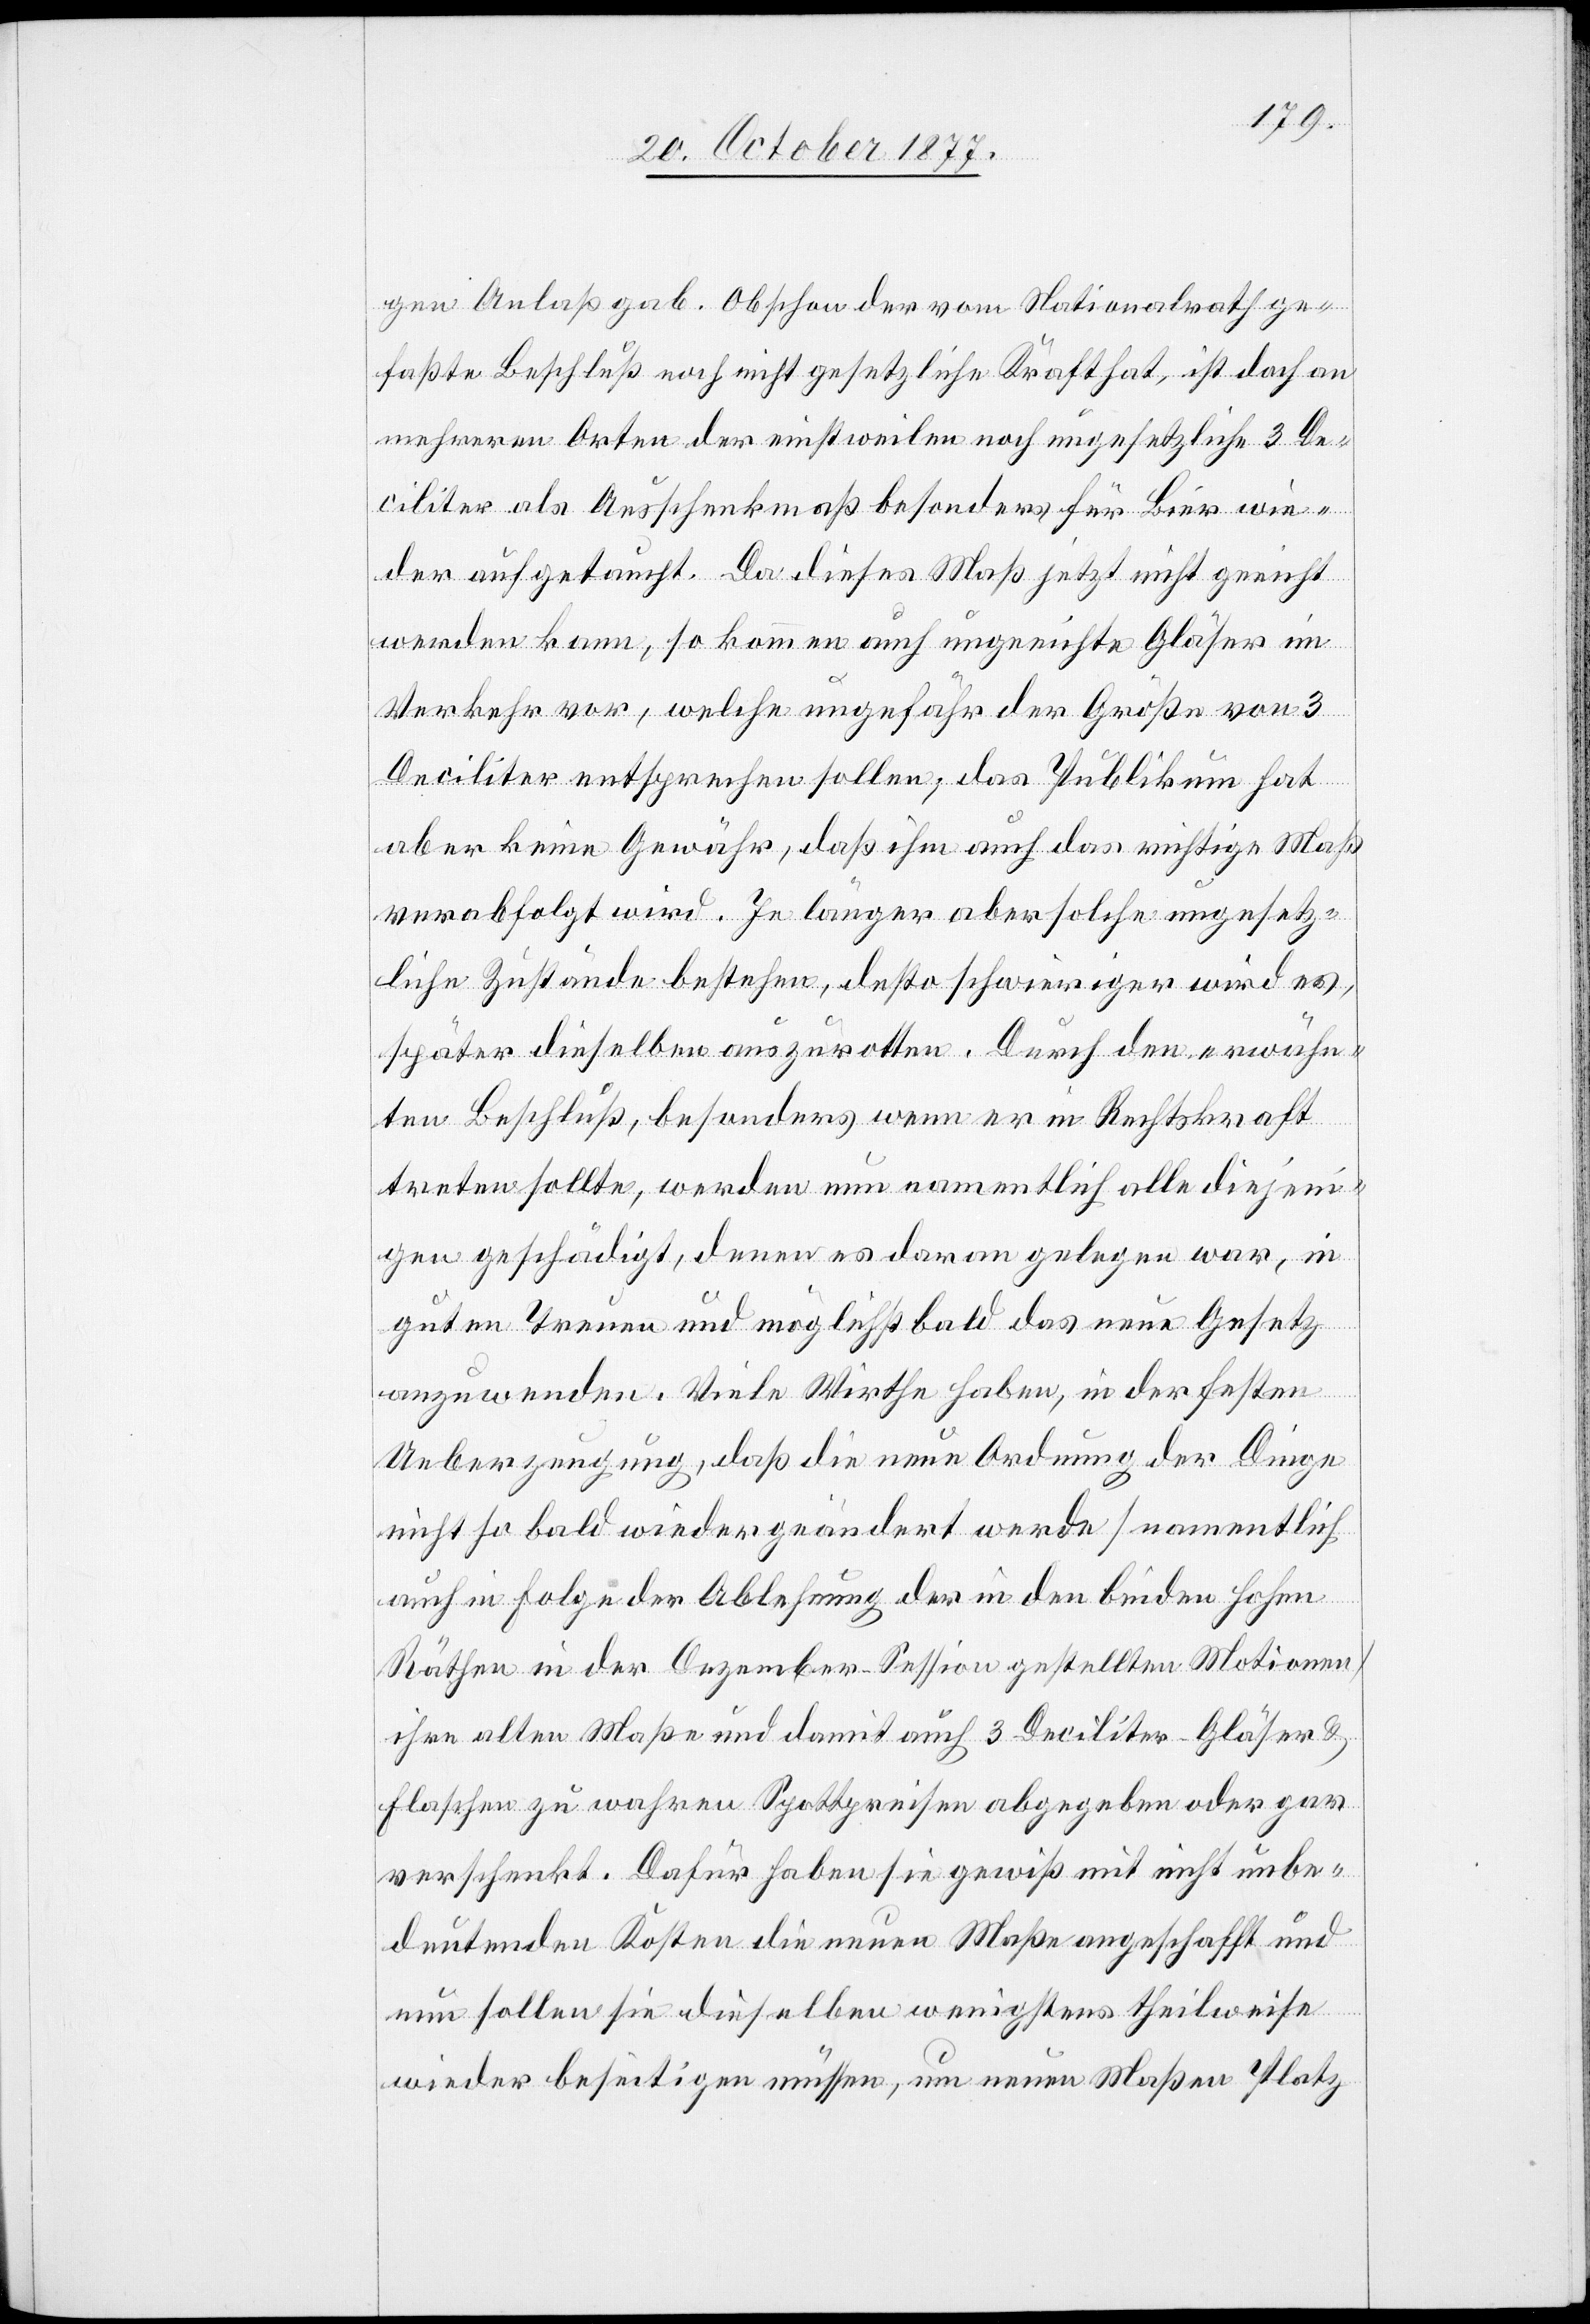
gen Anlaß gab. Obschon der vom Nationalrath ge¬
faßte Beschluß noch nicht gesetzliche Kraft hat, ist doch an
mehreren Orten der einstweilen noch ungesetzliche 3 De¬
ciliter als Ausschenkmaß besonders für Bier wie¬
der aufgetaucht. Da dieses Maß jetzt nicht geeicht
werden kann, so kommen auch ungeeichte Gläser im
Verkehr vor, welche ungefähr der Größe von 3
Deciliter entsprechen sollen; das Publikum hat
aber keine Gewähr, daß ihm auch das richtige Maß
verabfolgt wird. Je länger aber solche ungesetz¬
liche Zustände bestehen, desto schwieriger wird es,
später dieselben auszurotten. Durch den erwähn¬
ten Beschluß, besonders wenn er in Rechtskraft
treten sollte, werden nun namentlich alle diejeni¬
gen geschädigt, denen es daran gelegen war, in
guten Treuen und möglichst bald das neue Gesetz
anzuwenden. Viele Wirthe haben, in der festen
Ueberzeugung, daß die neue Ordnung der Dinge
nicht so bald wieder geändert werde [namentlich
auch in Folge der Ablehnung der in den beiden hohen
Räthen in der Dezember-Session gestellten Motionen]
ihre alten Maße und damit auch 3 Deciliter-Gläser &
Flaschen zu wahren Spottpreisen abgegeben oder gar
verschenkt. Dafür haben sie gewiß mit nicht unbe¬
deutenden Kosten die neuen Maße angeschafft und
nun sollen sie dieselben wenigstens theilweise
wieder beseitigen müssen, um neuen Maßen Platz